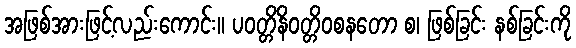
အဖြစ်အားဖြင့်လည်းကောင်း။ ပဝတ္တိနိဝတ္တိဝစနတော စ၊ ဖြစ်ခြင်း နစ်ခြင်းကို